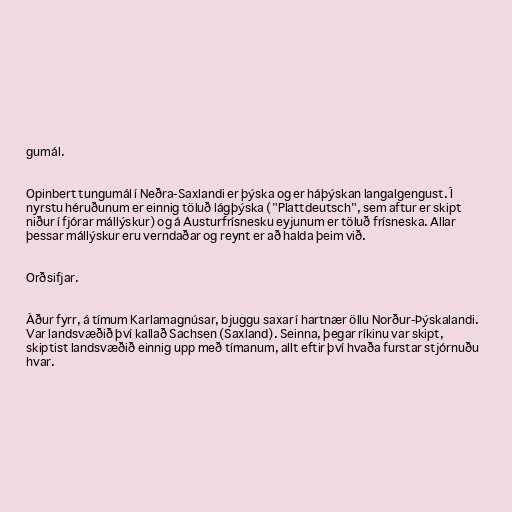
gumál.

Opinbert tungumál í Neðra-Saxlandi er þýska og er háþýskan langalgengust. Í
nyrstu héruðunum er einnig töluð lágþýska ("Plattdeutsch", sem aftur er skipt
niður í fjórar mállýskur) og á Austurfrísnesku eyjunum er töluð frísneska. Allar
þessar mállýskur eru verndaðar og reynt er að halda þeim við.

Orðsifjar.

Áður fyrr, á tímum Karlamagnúsar, bjuggu saxar í hartnær öllu Norður-Þýskalandi.
Var landsvæðið því kallað Sachsen (Saxland). Seinna, þegar ríkinu var skipt,
skiptist landsvæðið einnig upp með tímanum, allt eftir því hvaða furstar stjórnuðu
hvar.